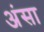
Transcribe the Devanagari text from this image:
अंसा